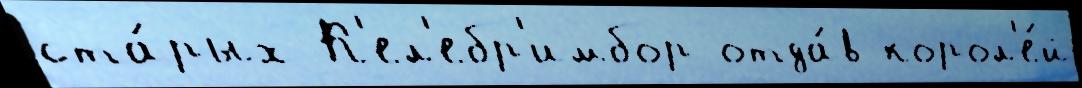
ста́рых К'ел'ебр'имбор отда́в корол'е́й